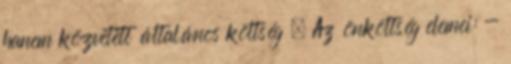
hanem közvetett általános költség . Az önköltség elemei: -